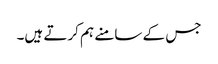
جس کے سامنے ہم کرتے ہیں۔